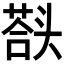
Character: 𰋱